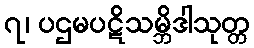
၇၊ ပဌမပဋိသမ္ဘိဒါသုတ္တ